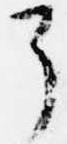
了